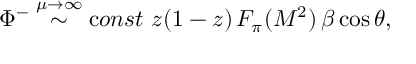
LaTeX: \Phi ^ { - } \stackrel { \mu \to \infty } { \sim } { \mathrm c o n s t } \ z ( 1 - z ) \, F _ { \pi } ( M ^ { 2 } ) \, \beta \cos \theta ,